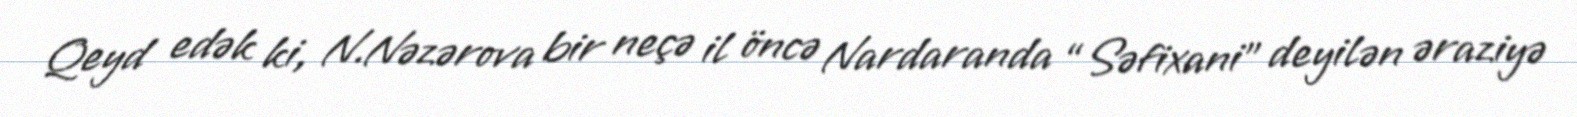
Qeyd edək ki, N.Nəzərova bir neçə il öncə Nardaranda “Səfixani” deyilən əraziyə